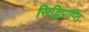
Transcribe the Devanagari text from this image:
सिद्धिप्राप्ति